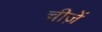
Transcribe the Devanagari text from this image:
चीजे़ें